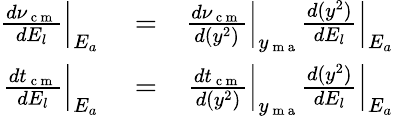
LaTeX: \begin{array}{rlr}{\frac{d\nu_{\mathrm{~c~m~}}}{dE_{l}}\Big|_{E_{a}}}&{{}=}&{\frac{d\nu_{\mathrm{~c~m~}}}{d(y^{2})}\Big|_{y_{\mathrm{~m~a~}}}\frac{d(y^{2})}{dE_{l}}\Big|_{E_{a}}}\\ {\frac{dt_{\mathrm{~c~m~}}}{dE_{l}}\Big|_{E_{a}}}&{{}=}&{\frac{dt_{\mathrm{~c~m~}}}{d(y^{2})}\Big|_{y_{\mathrm{~m~a~}}}\frac{d(y^{2})}{dE_{l}}\Big|_{E_{a}}}\end{array}